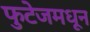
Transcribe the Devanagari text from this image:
फुटेजमधून